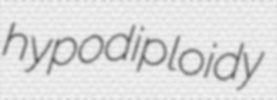
hypodiploidy